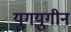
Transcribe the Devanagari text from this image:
युगयुगीन